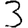
Digit: 3